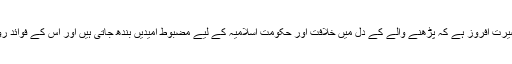
یہ کتاب ایسی بصیرت افروز ہے کہ پڑھنے والے کے دل میں خلافت اور حکومتِ اسلامیہ کے لیے مضبوط اُمیدیں بندھ جاتی ہیں اور اس کے فوائد روشن ہوجاتے ہیں۔